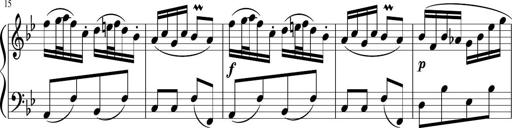
Title: 12 Keyboard Sonatinas
Composer: James Hook